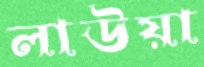
লাউয়া